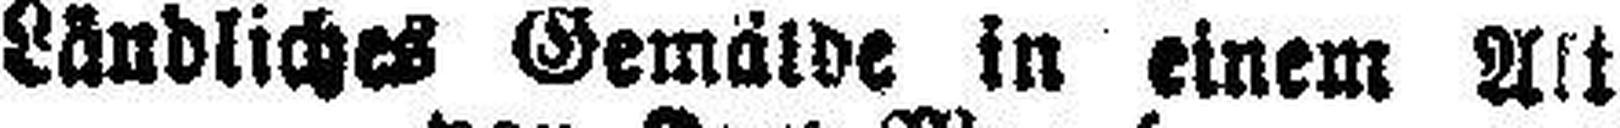
Ländliches Gemälde in einem Alt